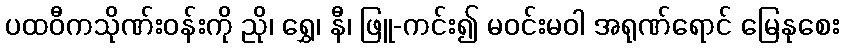
ပထဝီကသိုဏ်းဝန်းကို ညို၊ ရွှေ၊ နီ၊ ဖြူ-ကင်း၍ မဝင်းမဝါ အရုဏ်ရောင် မြေနုစေး